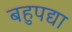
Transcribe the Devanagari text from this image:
बहुपद्या